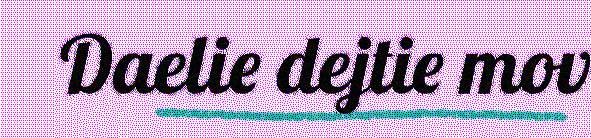
Daelie dejtie mov